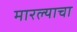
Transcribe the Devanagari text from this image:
मारल्याचा